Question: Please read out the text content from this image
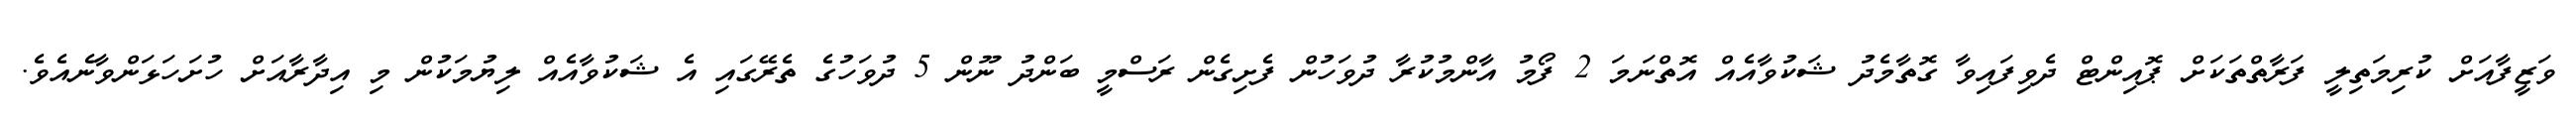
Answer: ވަޒީފާއަށް ކުރިމަތިލީ ފަރާތްތަކަށް ޕޮއިންޓް ދެވިފައިވާ ގޮތާމެދު ޝަކުވާއެއް އޮތްނަމަ 2 ފޯމު އާންމުކުރާ ދުވަހުން ފެށިގެން ރަސްމީ ބަންދު ނޫން 5 ދުވަހުގެ ތެރޭގައި އެ ޝަކުވާއެއް ލިޔުމަކުން މި އިދާރާއަށް ހުށަހަޅަންވާނެއެވެ.